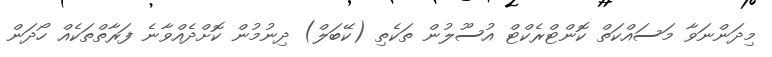
މިދަންނަވާ މަސައްކަތް ކޮންޓްރެކްޓް އުސޫލުން ތަކެތި (ކޭބަލް) ދިނުމުން ކޮށްދެއްވާނެ ފަރާތްތަކެއް ހޯދަން